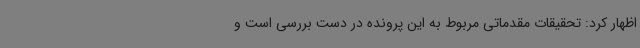
اظهار کرد: تحقیقات مقدماتی مربوط به این پرونده در دست بررسی است و